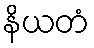
နိယတံ